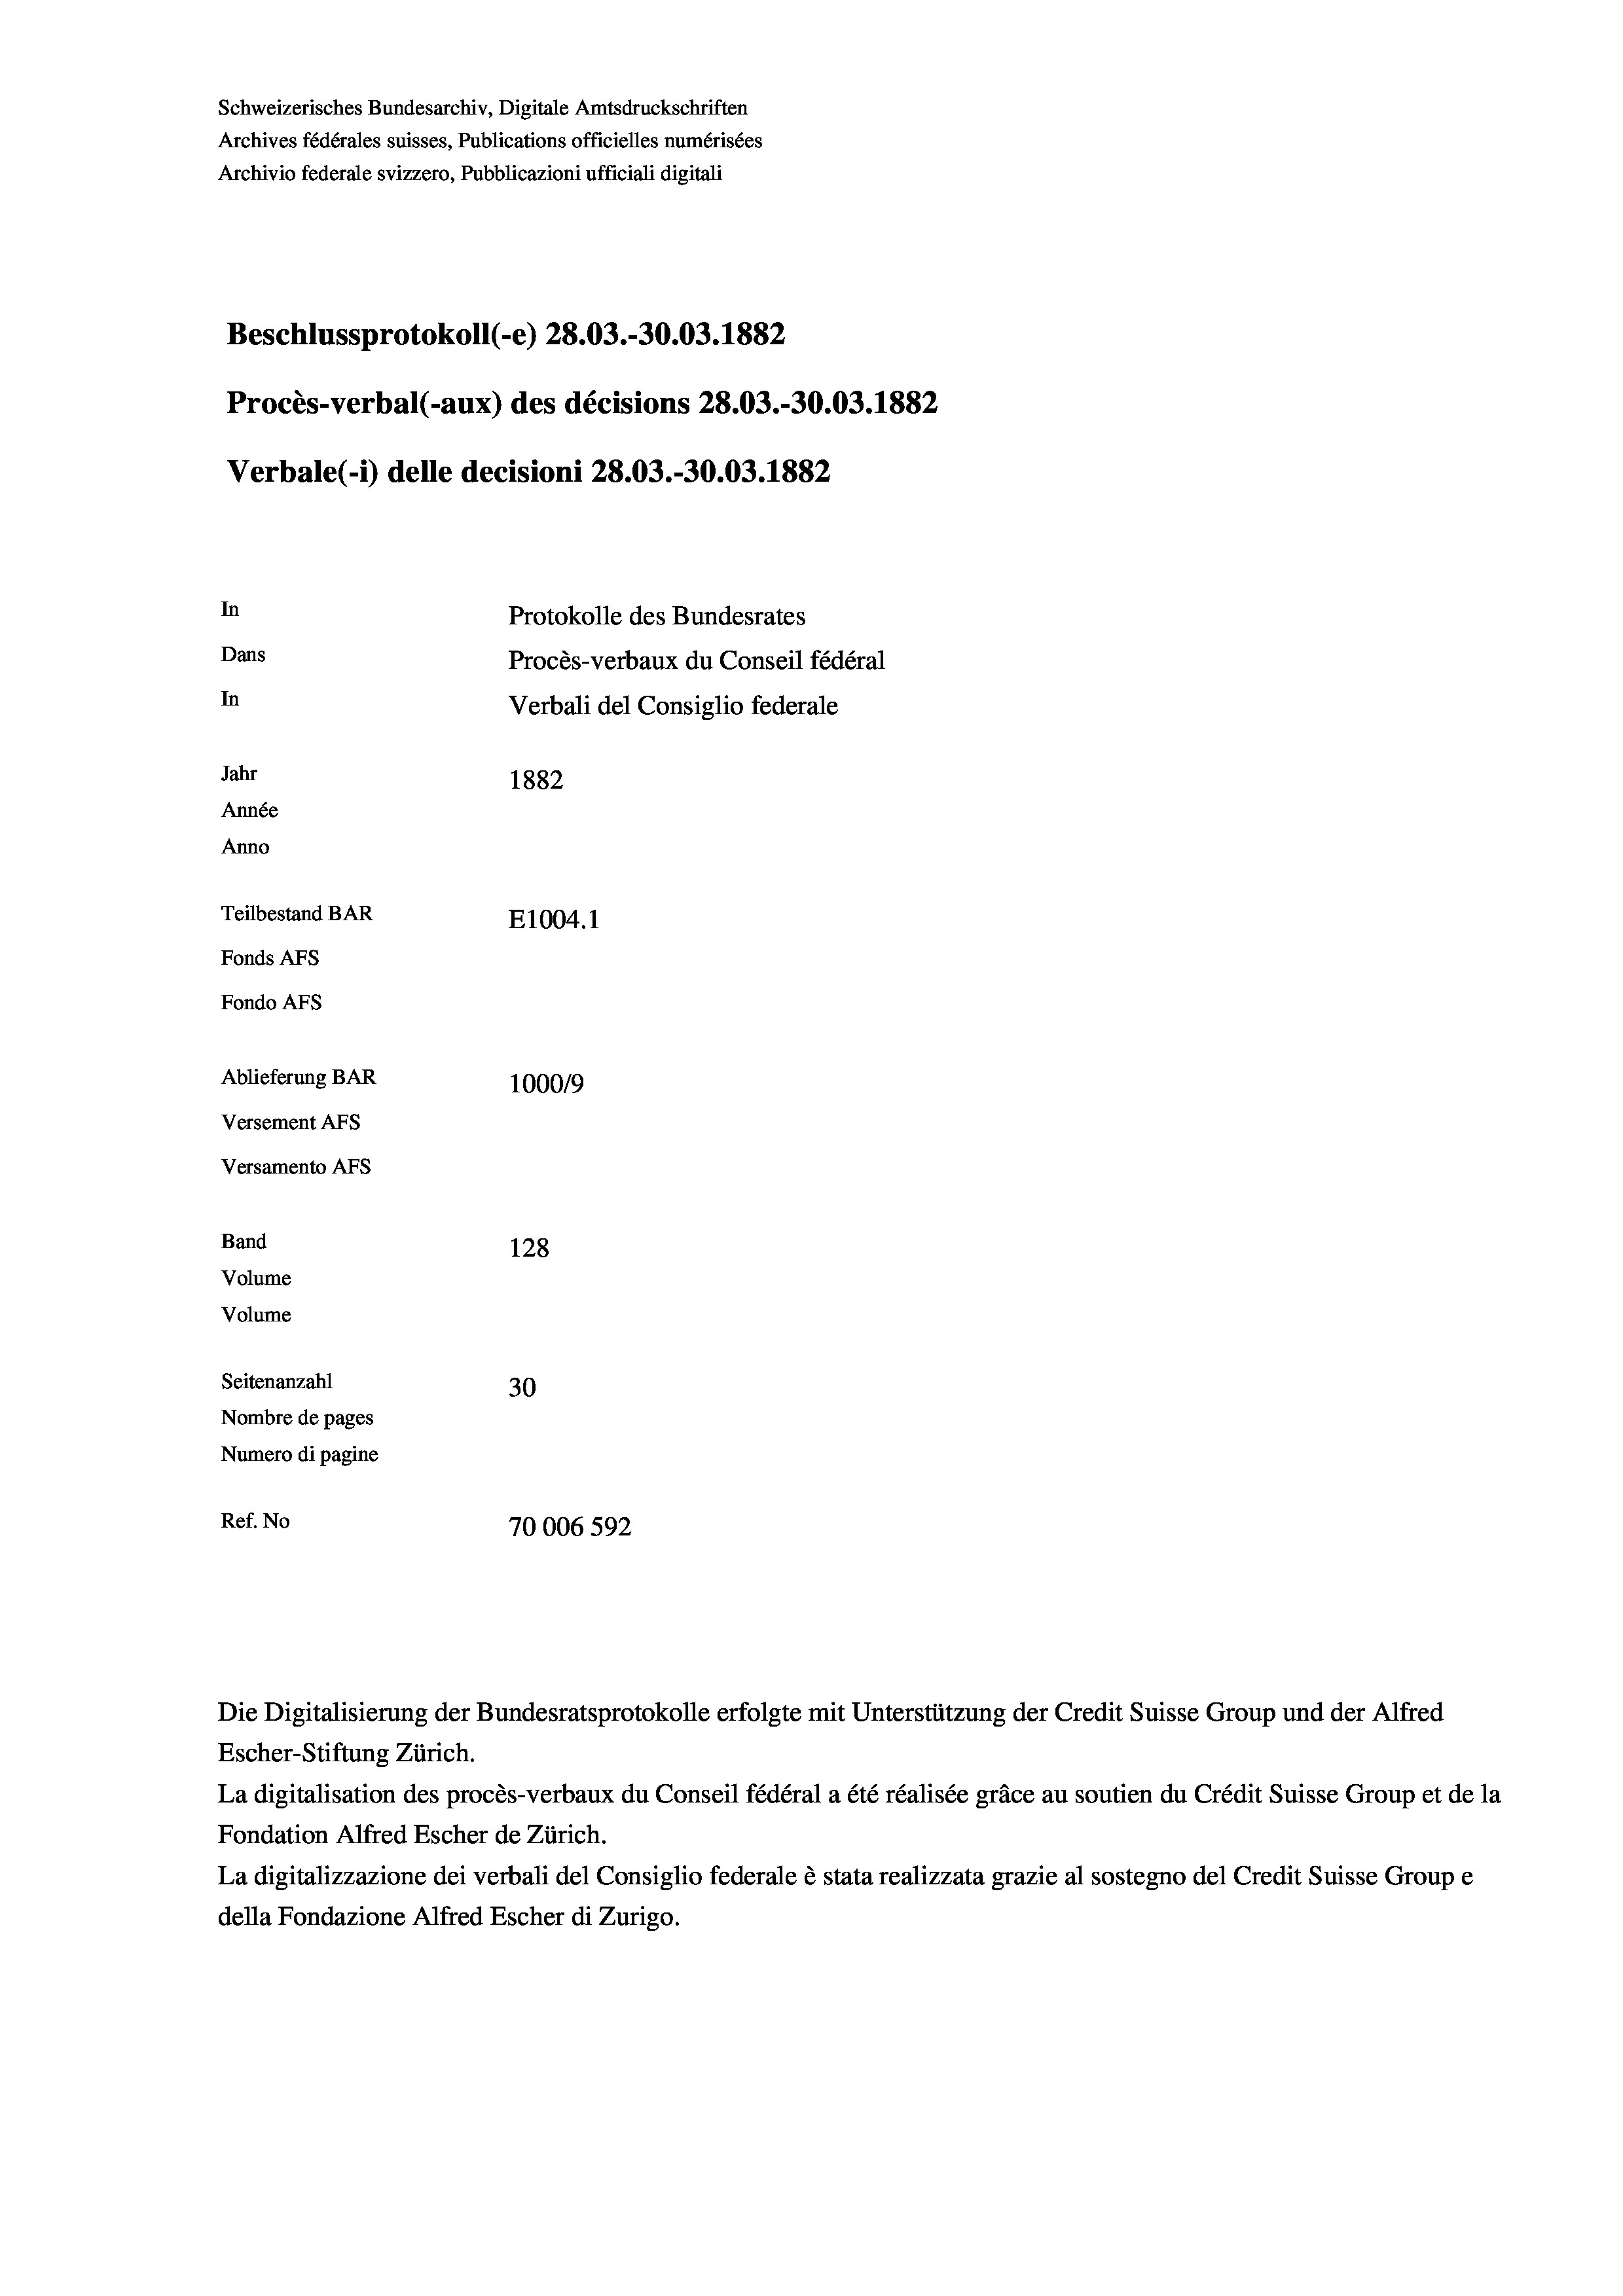
Schweizerisches Bundesarchiv, Digitale Amtsdruckschriften
Archives fédérales suisses, Publications officielles numérisées
Archivio federale svizzero, Pubblicazioni ufficiali digitali
Beschlussprotokoll (-e) 28.03.-30.03. 1882
Procès-verbal (-aux) des décisions 28.03.-30.03. 1882
Verbale(-*) delle decisioni 28.03.-30.03. 1882
In
Protokolle des Bundesrates
Dans
Procès-verbaux du Conseil fédéral
In
Verbali del Consiglio federale
Jahr
1882
Année
Anno
Teilbestand BAR
E1004. 1
Fonds AFs
Fondo Afs
Ablieferung BAR
100019
Versement AFs
Versamento AFs
Band
128
Volume
Volume
Seitenanzahl
30
Nombre de pages
Numero di pagine
Ref. No
70006592

Escher-Stiftung Zürich.
La digitalisation des procès-verbaux du Conseil fédéral a été réalisée gräce au soutien du Crédit Suisse Group et de la
Fondation Alfred Escher de Zürich.
La digitalizzazione dei verbali del Consiglio federale è stata realizzata grazie al sostegno del Credit Suisse Groupe
della Fondazione Alfred Escher di Zurigo.

Die Digitalisierung der Bundesratsprotokolle erfolgte mit Unterstützung der Credit Suisse Group und der Alfred